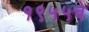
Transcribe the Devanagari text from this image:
१९५५चे